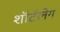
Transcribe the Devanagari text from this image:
शॉर्टलेग